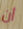
أن